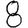
Digit: 8